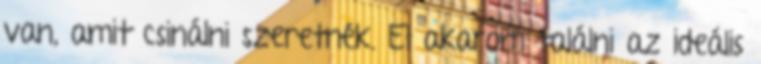
van, amit csinálni szeretnék. El akarom találni az ideális